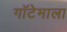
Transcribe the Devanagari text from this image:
गॉटेमाला